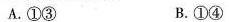
A.①③ B.①④